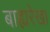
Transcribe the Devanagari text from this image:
बाह्यरेखा